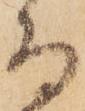
而